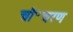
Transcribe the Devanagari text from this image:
चौ॰चरण